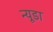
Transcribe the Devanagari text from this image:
न्यूडा